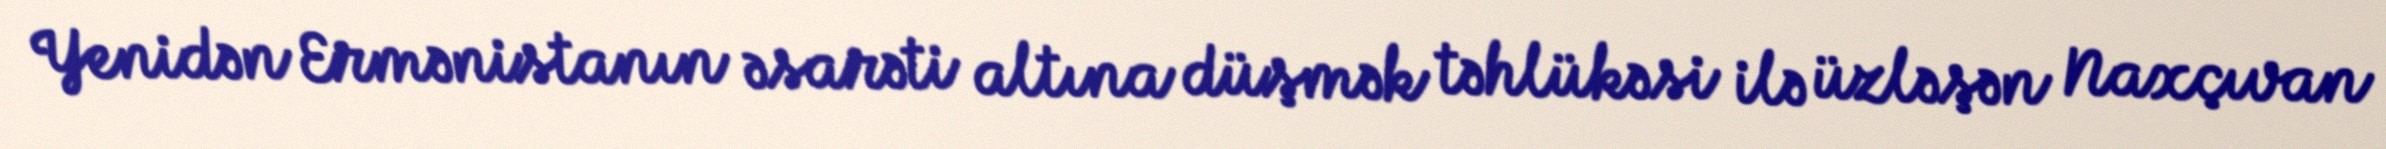
Yenidən Ermənistanın əsarəti altına düşmək təhlükəsi ilə üzləşən Naxçıvan